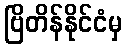
ဗြိတိန်နိုင်ငံမှ